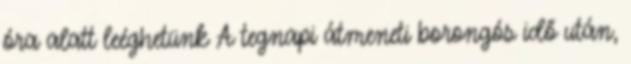
óra alatt leéghetünk A tegnapi átmeneti borongós idő után,